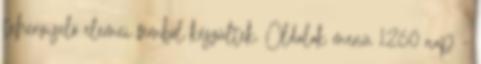
teherviselő elemei fémből készültek. Oldalak menü 1260 nap -